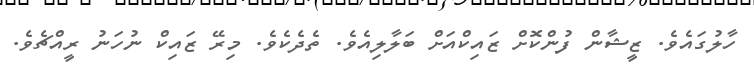
ހާލުގައެވެ. ޒީޝާން ފުންކޮށް ޒައިކްއަށް ބަލާލިއެވެ. ތެދެކެވެ. މިރޭ ޒައިކް ނުހަނު ރީއްޗެވެ.